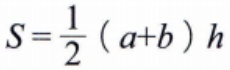
$S=\frac{1}{2}(a + b)h$